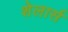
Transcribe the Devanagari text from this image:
शेलार्स